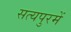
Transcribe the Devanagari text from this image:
सत्यपुरमें